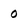
Character: 0